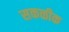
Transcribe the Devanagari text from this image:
सकळीक